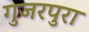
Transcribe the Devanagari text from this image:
गुजरपुरा